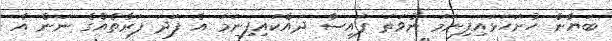
ބަޔާން ހުށަހަޅައިފިނަމަ ނުވަތަ ފައިސާ ދައްކައިފިނަމަ އެ ފަދަ ފަރާތެއްގެ ނަން އެ